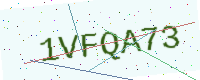
Text: 1VFQA73